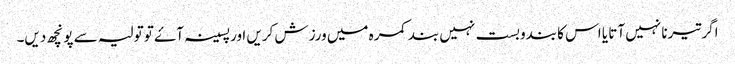
اگر تیرنا نہیں آتا یا اس کا بندوبست نہیں بند کمرہ میں ورزش کریں اور پسینہ آۓ تو تولیہ سے پونچھ دیں۔